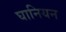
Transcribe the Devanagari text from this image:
घानियन